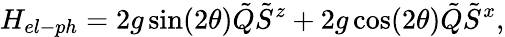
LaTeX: H_{el-ph}=2g\sin(2\theta)\tilde{Q}\tilde{S}^{z}+2g\cos(2\theta)\tilde{Q}\tilde{S}^{x},